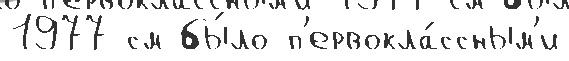
1977 см бы́ло п'ервокла́ссным'и